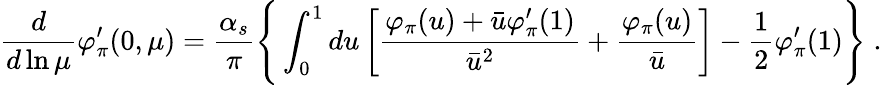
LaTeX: \frac{d}{d\ln\mu}\varphi_{\pi}^{\prime}(0,\mu)=\frac{\alpha_{s}}{\pi}\Bigg\{ \int_{0}^{1}du\left[\frac{\varphi_{\pi}(u)+\bar{u}\varphi_{\pi}^{\prime}(1)}{\bar{u}^{2}}+\frac{\varphi_{\pi}(u)}{\bar{u}}\right]-\frac{1}{2}\varphi_{\pi}^{\prime}(1)\Bigg\} \; .